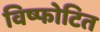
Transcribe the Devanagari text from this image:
विष्फोटित